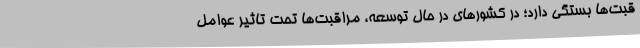
قبت‌ها بستگی دارد؛ در کشورهای در حال توسعه، مراقبت‌ها تحت تاثیر عوامل